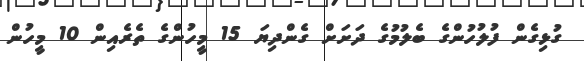
ގުޅިގެން ފުލުހުންގެ ބެލުމުގެ ދަށަށް ގެންދިޔަ 15 މީހުންގެ ތެރެއިން 10 މީހުން